Indian journal of veterinary science and animal husbandry - Volumes 22-23, 1952-1953
Year: 1952
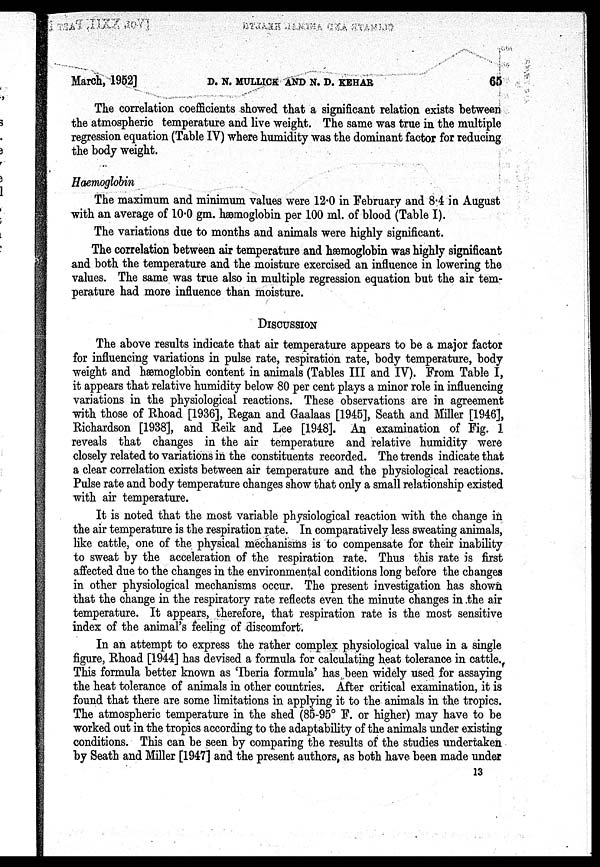
March, 1952]
D.
N.
MULLICK
AND
N.
D.
KEHAR
65
The correlation coefficients showed that a significant relation exists between
the atmospheric temperature and live weight. The same was true in the multiple
regression equation (Table IV) where humidity was the dominant factor for reducing
the body weight.
Haemoglobin
The maximum and minimum values were 12.0 in February and 8.4 in August
with an average of 10.0 gm. hæmoglobin per 100 ml. of blood (Table I).
The variations due to months and animals were highly significant.
The correlation between air temperature and hæmoglobin was highly significant
and both the temperature and the moisture exercised an influence in lowering the
values. The same was true also in multiple regression equation but the air tem-
perature had more influence than moisture.
DISCUSSION
The above results indicate that air temperature appears to be a major factor
for influencing variations in pulse rate, respiration rate, body temperature, body
weight and hæmoglobin content in animals (Tables III and IV). From Table I,
it appears that relative humidity below 80 per cent plays a minor role in influencing
variations in the physiological reactions. These observations are in agreement
with those of Rhoad [1936], Regan and Gaalaas [1945], Seath and Miller [1946],
Richardson [1938], and Reik and Lee [1948]. An examination of Fig. 1
reveals that changes in the air temperature and relative humidity were
closely related to variations in the constituents recorded. The trends indicate that
a clear correlation exists between air temperature and the physiological reactions.
Pulse rate and body temperature changes show that only a small relationship existed
with air temperature.
It is noted that the most variable physiological reaction with the change in
the air temperature is the respiration rate. In comparatively less sweating animals,
like cattle, one of the physical mechanisms is to compensate for their inability
to sweat by the acceleration of the respiration rate. Thus this rate is first
affected due to the changes in the environmental conditions long before the changes
in other physiological mechanisms occur. The present investigation has shown
that the change in the respiratory rate reflects even the minute changes in the air
temperature. It appears, therefore, that respiration rate is the most sensitive
index of the animal's feeling of discomfort.
In an attempt to express the rather complex physiological value in a single
figure, Rhoad [1944] has devised a formula for calculating heat tolerance in cattle.
This formula better known as 'Iberia formula' has been widely used for assaying
the heat tolerance of animals in other countries. After critical examination, it is
found that there are some limitations in applying it to the animals in the tropics.
The atmospheric temperature in the shed (85-95° F. or higher) may have to be
worked out in the tropics according to the adaptability of the animals under existing
conditions. This can be seen by comparing the results of the studies undertaken
by Seath and Miller [1947] and the present authors, as both have been made under
13